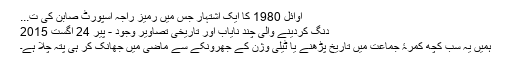
اوائل 1980 کا ایک اشتہار جس میں رمیز راجہ اسپورٹ صابن کی ت...
دنگ کردینے والی چند نایاب اور تاریخی تصاویر وجود - پیر 24 اگست 2015
ہمیں یہ سب کچھ کمرۂ جماعت میں تاریخ پڑھنے یا ٹیلی وژن کے جھرونکے سے ماضی میں جھانک کر ہی پتہ چلا ہے۔